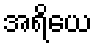
အရိယေ